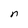
Character: n